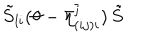
LaTeX: \tilde { S } _ { l i } ( \theta - \bar { \eta } _ { ( i j ) i } ^ { \overline { { { \jmath } } } } ) \, \tilde { S }